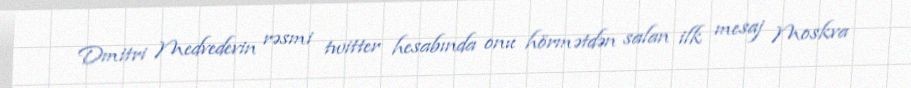
Dmitri Medvedevin rəsmi twitter hesabında onu hörmətdən salan ilk mesaj Moskva